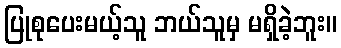
ပြုစုပေးမယ့်သူ ဘယ်သူမှ မရှိခဲ့ဘူး။